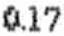
0.17